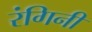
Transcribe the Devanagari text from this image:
रंगिनी